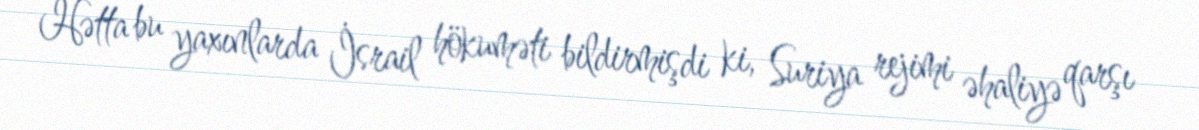
Hətta bu yaxınlarda İsrail hökuməti bildirmişdi ki, Suriya rejimi əhaliyə qarşı